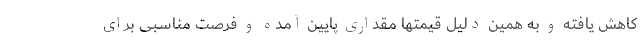
کاهش یافته و به همین دلیل قیمتها مقداری پایین آمده و فرصت مناسبی برای